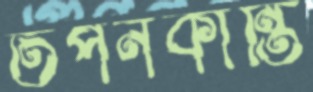
তপনকান্তি